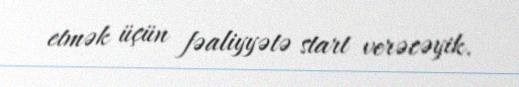
etmək üçün fəaliyyətə start verəcəyik.